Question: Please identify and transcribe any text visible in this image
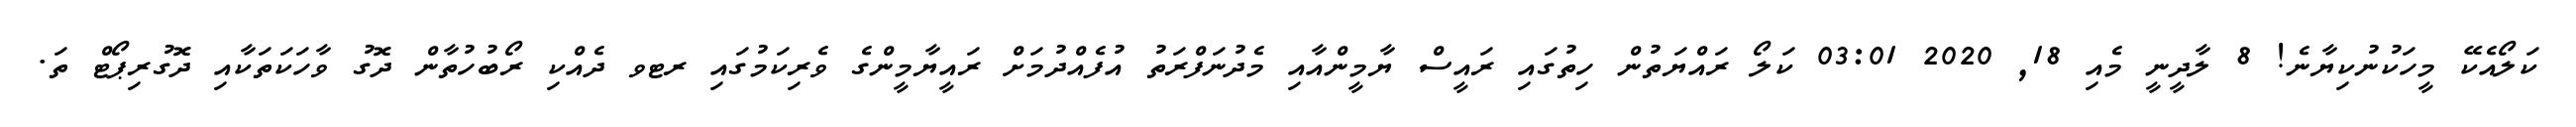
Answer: ކަލޯއެކޭ މީހަކުނުކިޔާނެ! 8 ލާދީނީ މެއި 18, 2020 03:01 ކަލޯ ރައްޔަތުން ހިތުގައި ރައީސް ޔާމީންއާއި މެދުނަފްރަތު އުފެއްދުމަށް ރައީޔާމީންގެ ވެރިކަމުގައި ރޓވ ދެއްކި ރޯބުހުތާން ދޮގު ވާހަކަތަކާއި ދޮގުރިޕޯޓް ތަ.